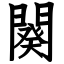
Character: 闋